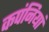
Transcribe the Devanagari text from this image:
कपंनियां